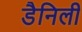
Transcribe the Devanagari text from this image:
डैनिली